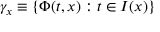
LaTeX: \gamma _ { x } \equiv \{ \Phi ( t , x ) : t \in I ( x ) \}